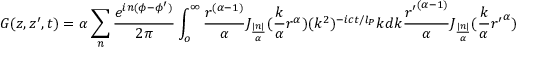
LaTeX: G ( z , z ^ { \prime } , t ) = \alpha \sum _ { n } \frac { e ^ { i n ( \phi - \phi ^ { \prime } ) } } { 2 \pi } \int _ { o } ^ { \infty } \frac { r ^ { ( \alpha - 1 ) } } { \alpha } J _ { \frac { | n | } { \alpha } } ( \frac { k } { \alpha } r ^ { \alpha } ) ( k ^ { 2 } ) ^ { - i c t / l _ { P } } k d k \frac { { r ^ { \prime } } ^ { ( \alpha - 1 ) } } { \alpha } J _ { \frac { | n | } { \alpha } } ( \frac { k } { \alpha } { r ^ { \prime } } ^ { \alpha } ) .